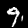
Digit: 9